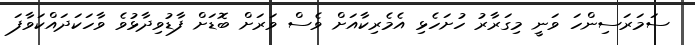
ސަމަރަސިންހަ ވަނީ މިގަރާރު ހުށަހެޅި އެމެރިކާއަށް ވެސް ވަރަށް ބޮޑަށް ފާޑުވިދާޅުވެ ވާހަކަދައްކަވާފަ